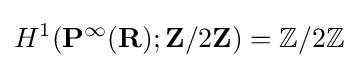
H^{1}(\mathbf {P} ^{\infty }(\mathbf {R} );\mathbf {Z} /2\mathbf {Z} )=\mathbb {Z} /2\mathbb {Z}